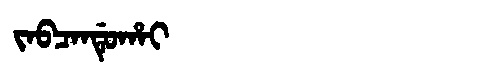
Manchu: ᠵᠠᠪᠴᠠᠨᡩᡠᡥᠠᡳ
Romanization: JABCANDUHAI